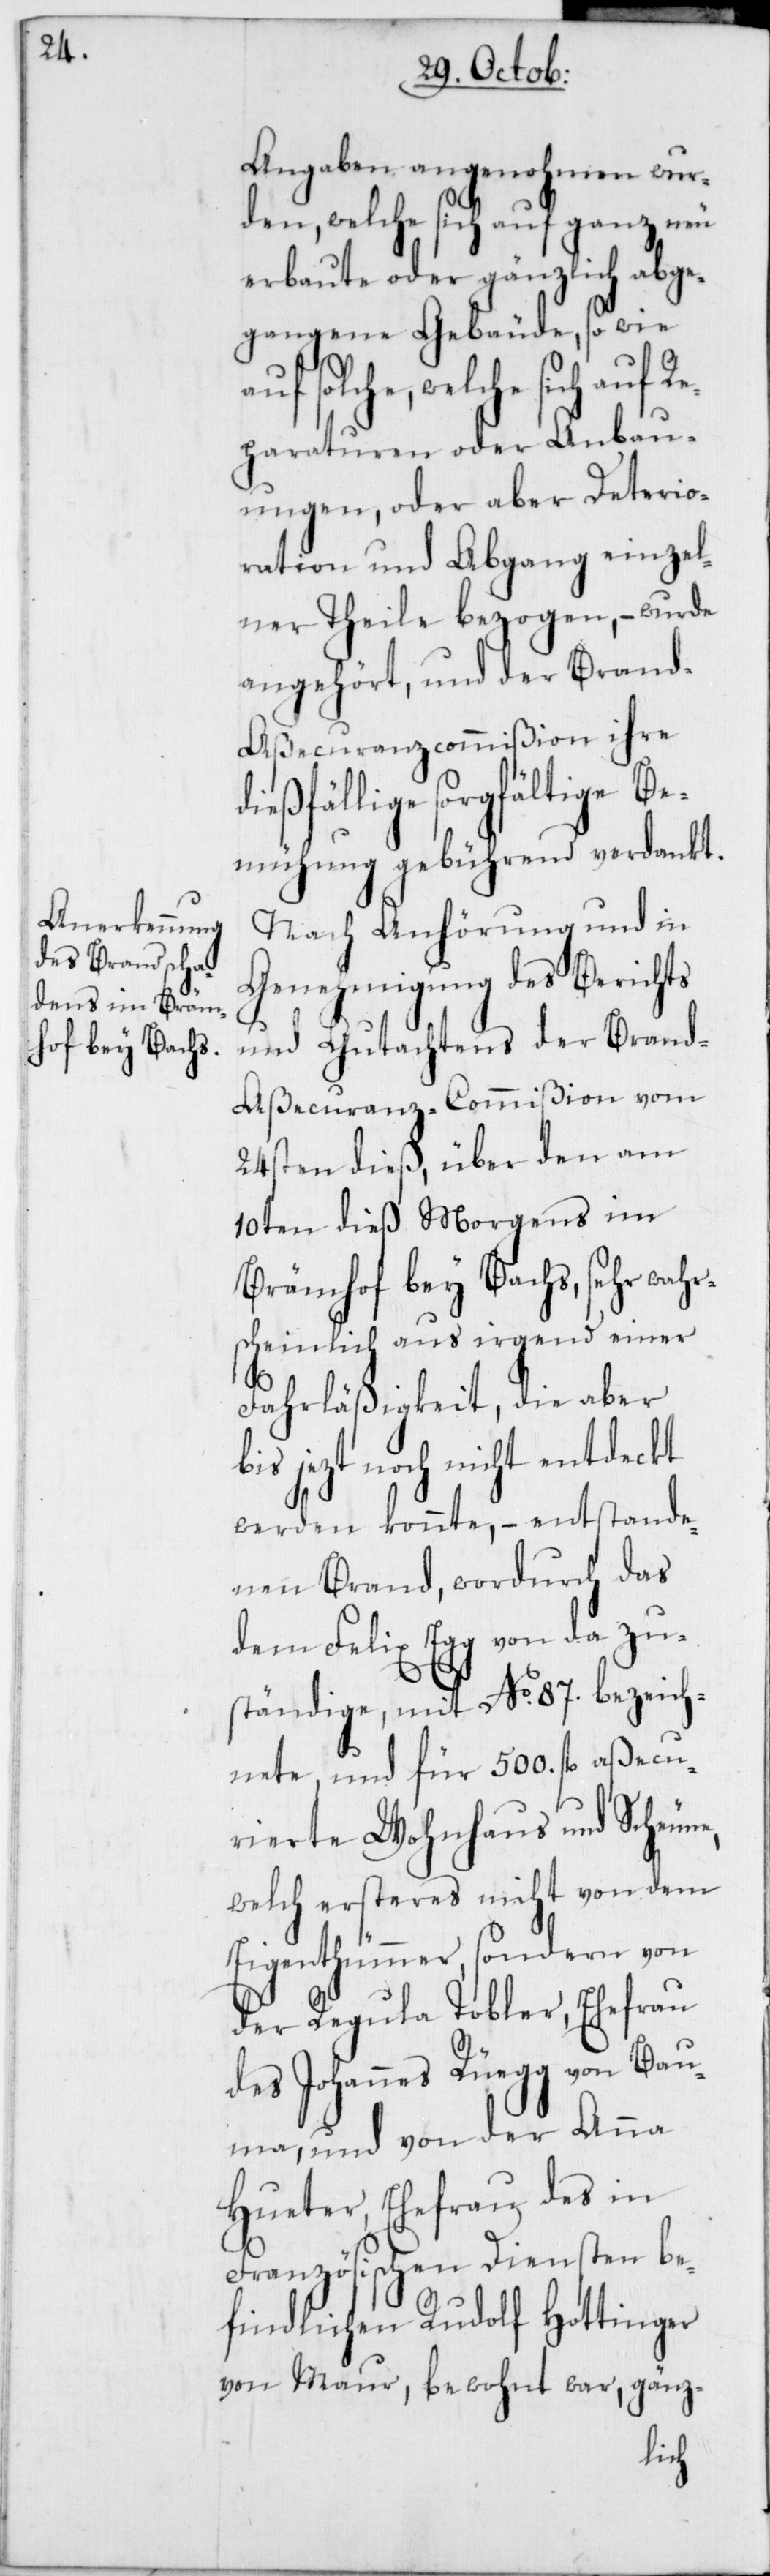
Angaben angenohmen wur¬
den, welche sich auf ganz neu
erbaute oder gänzlich abge¬
gangene Gebäude, so wie
welche sich auf Re¬
paraturen oder Anbau¬
ungen, oder aber Deterio¬
ration und Abgang einzel¬
ner Theile bezogen, – wurde
angehört, und der Bran¬
d-Aßecuranzcommißion ihre d¬
ießfällige sorgfältige Be¬
mühung gebührend verdankt.
Nach Anhörung und in
Genehmigung des Berichts
und Gutachtens der Brand-A¬
ßecuranz-Commißion vom
24sten dieß, über den am
10ten dieß Morgens im
Brämhof bey Bachs, sehr wahr¬
scheinlich aus irgend einer
Fahrläßigkeit, die aber
bis jezt noch nicht entdeckt
werden könnte, – entstande¬
nen Brand, wordurch das
dem Felix Egg von da zu¬
ständige, mit No. 87. bezeich¬
nete, und für 500. fl. aßecu¬
rierte Wohnhaus und Scheune,
welch ersteres nicht von dem
Eigenthümer, sondern von
der Regula Tobler, Ehefrau
des Johannes Rüegg von Bau¬
ma, und von der Anna
Hueter, Ehefrau des in
Französischen Diensten be¬
findlichen Rudolf Hottinger
von Maur, bewohnt war, gänz-